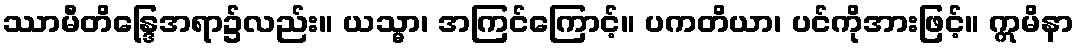
ဿာမီတိန္ဒြေအရာ၌လည်း။ ယသ္မာ၊ အကြင်ကြောင့်။ ပကတိယာ၊ ပင်ကိုအားဖြင့်။ ဣမိနာ